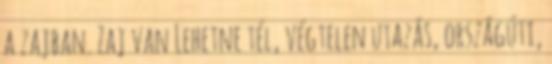
a zajban. Zaj van Lehetne tél, végtelen utazás, országúti,